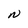
Character: N